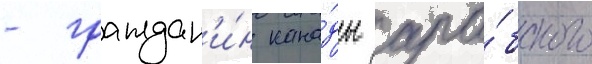
- граждан'и́н кана́ды ара́бского